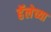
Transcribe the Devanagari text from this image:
हॅलेच्या